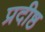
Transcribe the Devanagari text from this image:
प्रदीष्ठ